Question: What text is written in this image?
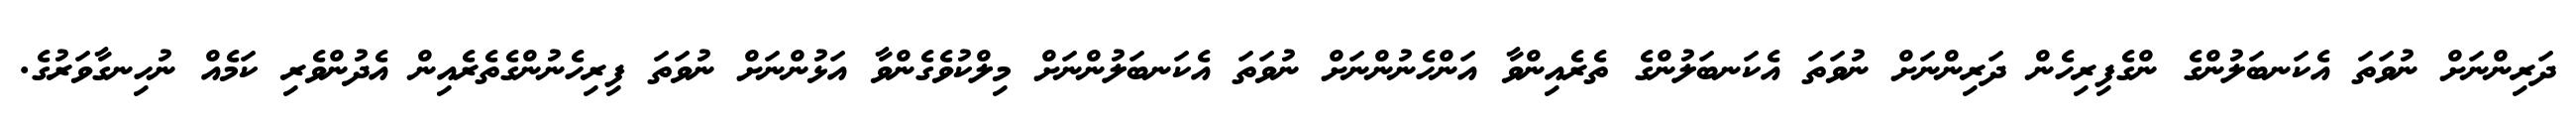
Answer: ދަރިންނަށް ނުވަތަ އެކަނބަލުންގެ ންގެފިރިހެން ދަރިންނަށް ނުވަތަ އެކަނބަލުންގެ ތެރެއިންވާ އަންހެނުންނަށް ނުވަތަ އެކަނބަލުންނަށް މިލްކުވެގެންވާ އަޅުންނަށް ނުވަތަ ފިރިހެނުންގެތެރެއިން އެދުންވެރި ކަމެއް ނުހިނގާވަރުގެ.